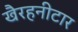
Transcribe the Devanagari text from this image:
खैरहनीटार